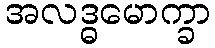
အလဒ္ဓမောက္ခာ